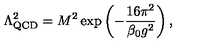
\Lambda _ { \mathrm { Q C D } } ^ { 2 } = M ^ { 2 } \exp \left( - \frac { 1 6 \pi ^ { 2 } } { \beta _ { 0 } g ^ { 2 } } \right) ,